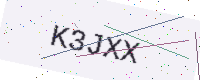
Text: K3JXX